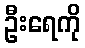
ဦးရေကို